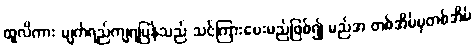
ထူလိကား မျက်ရည်ကျရပြန်သည် သင်ကြားပေးမည်ဖြစ်၍ မည်အ တစ်အိမ်မှတစ်အိမ်